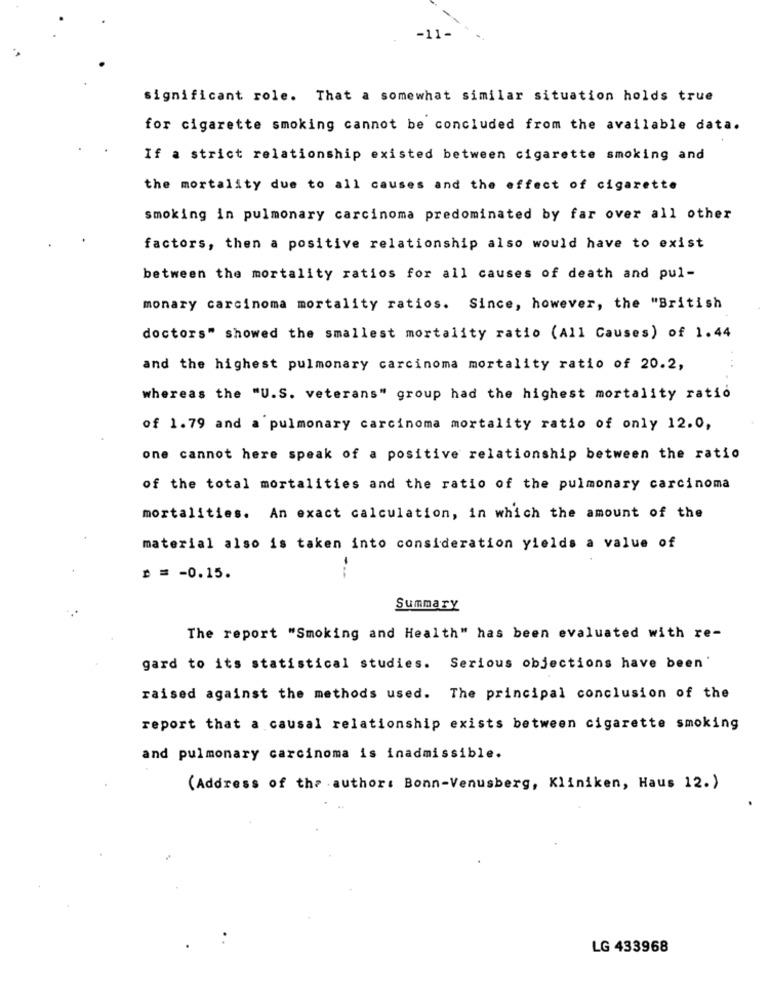
-11-
significant role. That a somewhat similar situation holds true
for cigarette smoking cannot be concluded from the available data.
If a strict relationship existed between cigarette smoking and
the mortality due to all causes and the effect of cigarette
smoking in pulmonary carcinoma predominated by far over all other
factors, then a positive relationship also would have to exist
between the mortality ratios for all causes of death and pul-
monary carcinoma mortality ratios. Since, however, the "British
doctors" showed the smallest mortality ratio (All Causes) of 1.44
and the highest pulmonary carcinoma mortality ratio of 20.2,
whereas the "U.S. veterans" group had the highest mortality ratio
of 1.79 and a pulmonary carcinoma mortality ratio of only 12.0,
one cannot here speak of a positive relationship between the ratio
of the total mortalities and the ratio of the pulmonary carcinoma
mortalities. An exact calculation, in which the amount of the
material also is taken into consideration yields a value of
₾ = - 0.15.
---
Summary
The report "Smoking and Health" has been evaluated with re-
gard to its statistical studies. Serious objections have been'
raised against the methods used. The principal conclusion of the
report that a causal relationship exists between cigarette smoking
and pulmonary carcinoma is inadmissible.
(Address of the author: Bonn-Venusberg, Kliniken, Haus 12.)
LG 433968